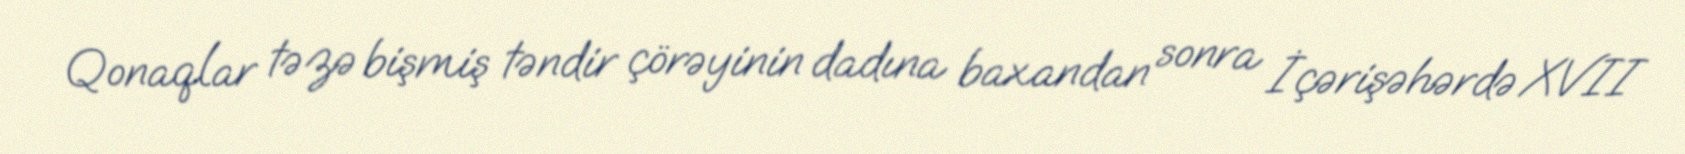
Qonaqlar təzə bişmiş təndir çörəyinin dadına baxandan sonra İçərişəhərdə XVII